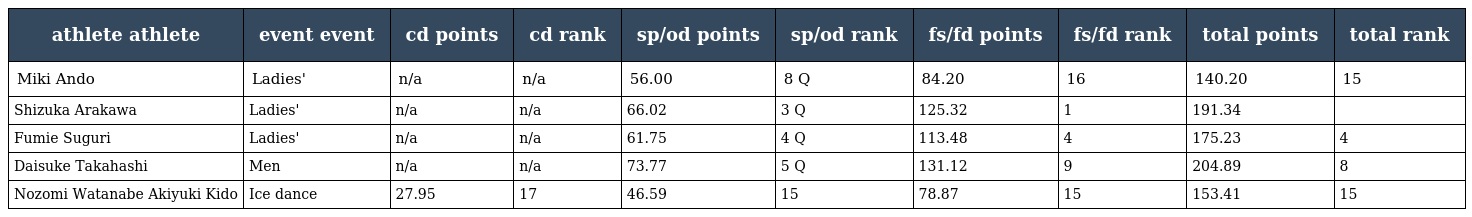
| athlete athlete | event event | cd points | cd rank | sp/od points | sp/od rank | fs/fd points | fs/fd rank | total points | total rank |
 | --- | --- | --- | --- | --- | --- | --- | --- | --- | --- |
 | Miki Ando | Ladies' | n/a | n/a | 56.00 | 8 Q | 84.20 | 16 | 140.20 | 15 |
 | Shizuka Arakawa | Ladies' | n/a | n/a | 66.02 | 3 Q | 125.32 | 1 | 191.34 |  |
 | Fumie Suguri | Ladies' | n/a | n/a | 61.75 | 4 Q | 113.48 | 4 | 175.23 | 4 |
 | Daisuke Takahashi | Men | n/a | n/a | 73.77 | 5 Q | 131.12 | 9 | 204.89 | 8 |
 | Nozomi Watanabe Akiyuki Kido | Ice dance | 27.95 | 17 | 46.59 | 15 | 78.87 | 15 | 153.41 | 15 |